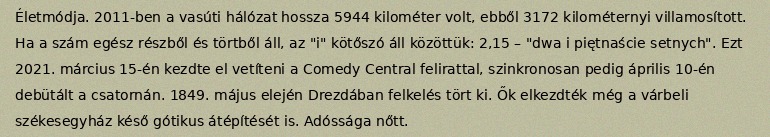
Életmódja. 2011-ben a vasúti hálózat hossza 5944 kilométer volt, ebből 3172 kilométernyi villamosított. Ha a szám egész részből és törtből áll, az "i" kötőszó áll közöttük: 2,15 – "dwa i piętnaście setnych". Ezt 2021. március 15-én kezdte el vetíteni a Comedy Central felirattal, szinkronosan pedig április 10-én debütált a csatornán. 1849. május elején Drezdában felkelés tört ki. Ők elkezdték még a várbeli székesegyház késő gótikus átépítését is. Adóssága nőtt.